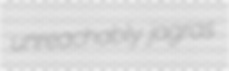
unreachably jagras